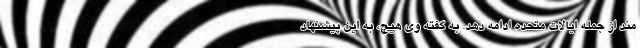
مند از جمله ایالات متحده ادامه دهد. به گفته وی هیچ، به این پیشنهاد